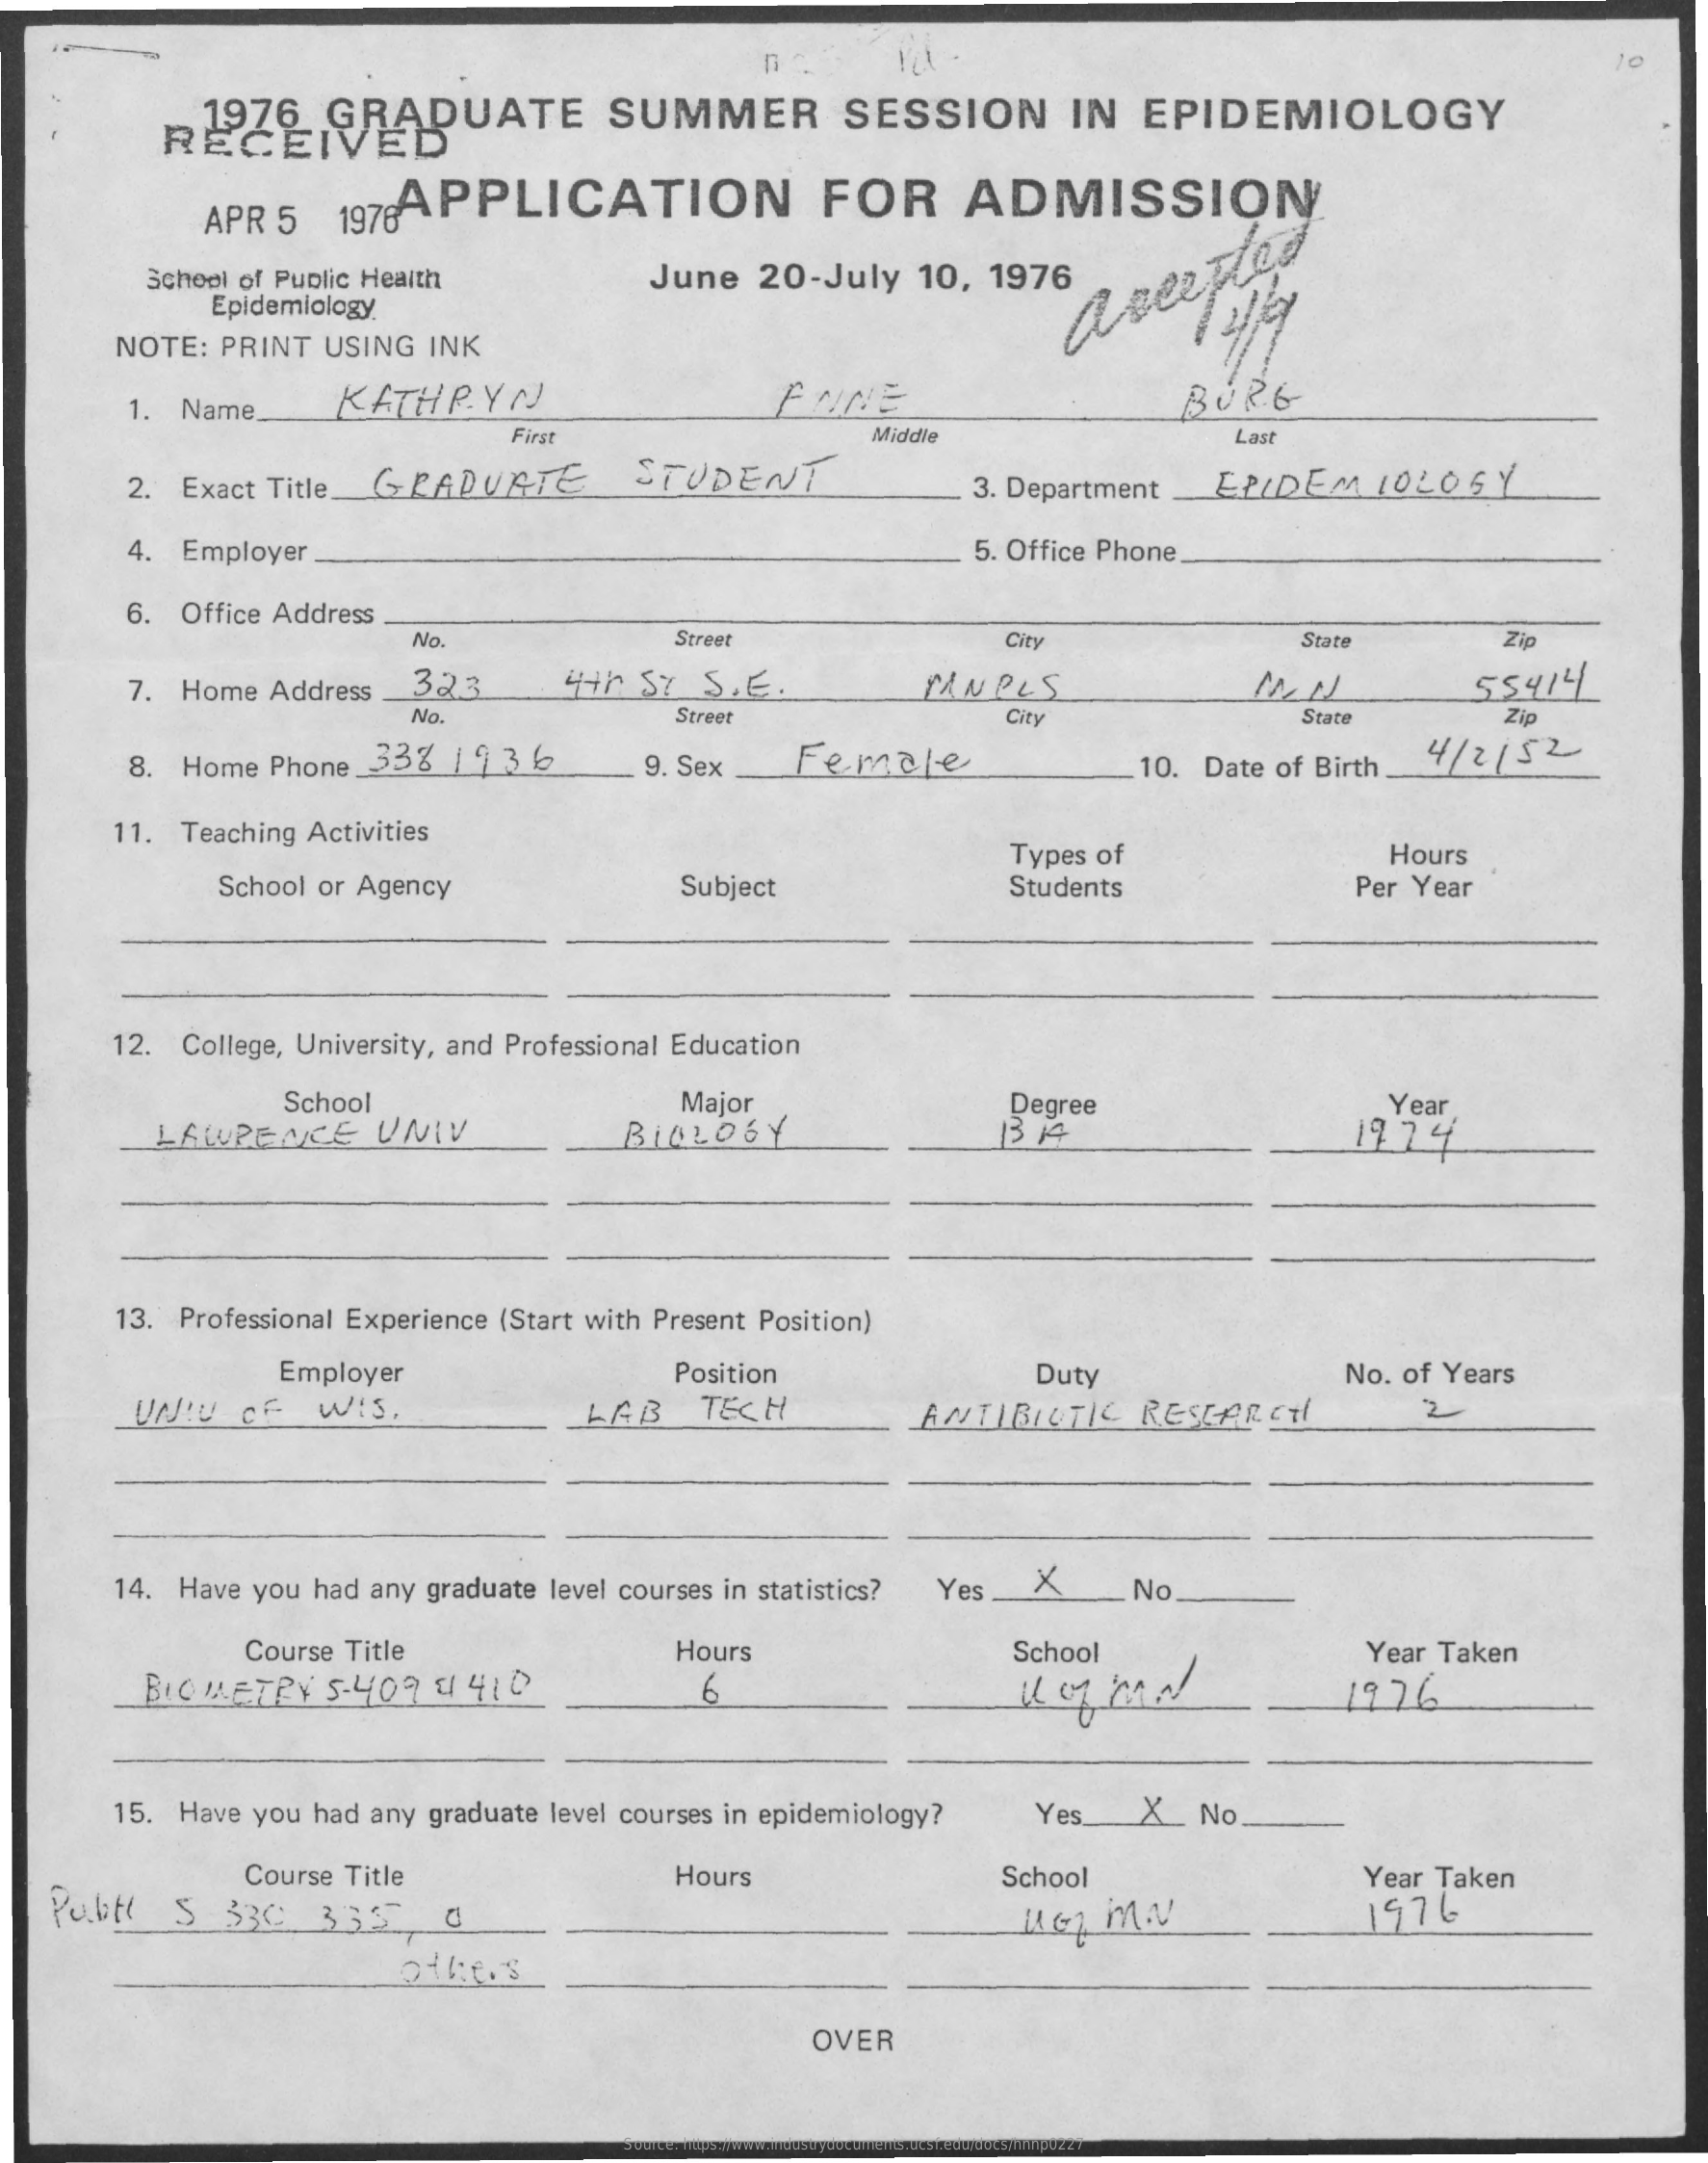
1976    GRADUATE    SUMMER    SESSION    IN    EPIDEMIOLOGY
     APR    5    197    APPLICATION    FOR    ADMISSION
     School    of   Public    Health    June    20-July    10,    1976
     Epidemiology
     NOTE:    PRINT    USING    INK
     aserpled
     1.    Name_    KATHRYN    ENNE    BURG
     First    Middle    Last
     2.    Exact    Title.    GRADUATE    STUDENT    3. Department    EPIDEM    10206Y
     4.    Employer    5.  Office    Phone
     6.    Office    Address
     No.    Street    City    State    Zip
     7.    Home    Address    323    4th    ST    S.    E   .    TANPLS    5$414
     No.    Street    City    State    Zip
     8.    Home    Phone_333    1936    9. Sex    Female    10.    Date    of   Birth    4/2152
     11.    Teaching    Activities
     Types    of    Hours
     School    or   Agency    Subject    Students    Per    Year
     12.    College,    University,    and    Professional    Education
     School    Major    Degree    Year
     LAWRENCE    UNIV    13  14    1974
     13.    Professional    Experience    (Start    with    Present    Position)
     Employer    Position    Duty    No.    of    Years
     UNIU    OF    WIS,    LAB    TECH    ANTIBIOTIC    RESEARCHÍ    2
     14.    Have    you    had    any    graduate    level    courses    in   statistics?    Yes    X    No
     Course    Title    Hours    School    Year    Taken
     BIOMETRY    5-409    4    410    6    1976
     15.    Have    you    had    any    graduate    level    courses    in   epidemiology?    Yes_X    No.
     Course    Title
     Publ    S    330    333    0
     Hours    School    Year    Taken
     1976
     othe.    S
     OVER
     Source: https://www.industrydocuments.ucsf.edu/docs/hnnp0227